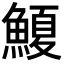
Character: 𮬆